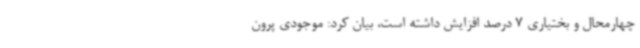
چهارمحال و بختیاری 7 درصد افزایش داشته است، بیان کرد: موجودی پرون